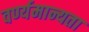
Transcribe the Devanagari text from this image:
वर्ण्यमान्यता